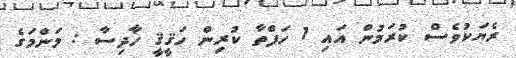
ރެޔަކުވެސް ކުރަމުން އައި 1 ހަފްތާ ކުރިން ހަޤީޤީ ހާދިސާ : މަންމަގެ